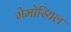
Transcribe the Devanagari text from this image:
मेमोरियल